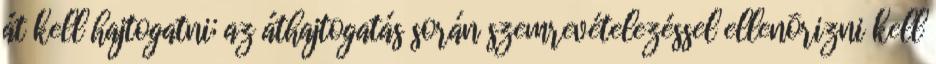
át kell hajtogatni; az áthajtogatás során szemrevételezéssel ellenõrizni kell